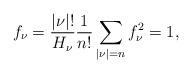
LaTeX: \begin{align*} f_\nu = \frac{|\nu| !}{H_{\nu}}\frac{1}{n!}\sum_{|\nu| =n}f_\nu^2=1,\end{align*}